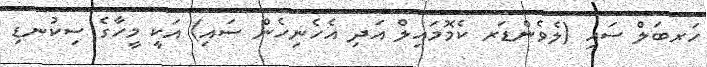
ހަރބަލް ސައި (ލެވެންޑަރ ކެމޮމައިލް އަދި އެހެނިހެން ސައި) އަކީ މީހާގެ ސިކުނޑި